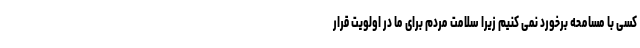
کسی با مسامحه برخورد نمی کنیم زیرا سلامت مردم برای ما در اولویت قرار